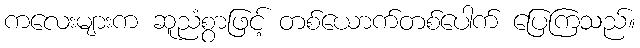
ကလေးများက ဆူညံစွာဖြင့် တစ်ယောက်တစ်ပေါက် ပြေကြသည်။